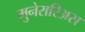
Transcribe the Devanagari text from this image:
मुनेरारिअस